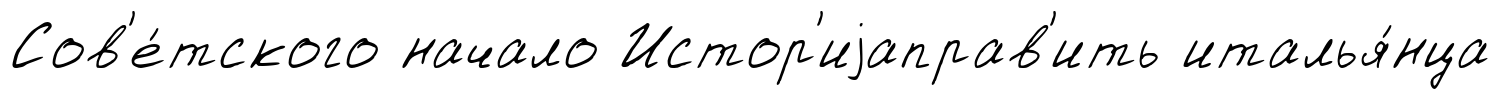
Сов'е́тского начало Истор'иjаправ'ить италья́нца